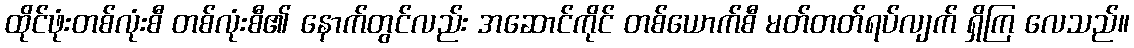
ထိုင်ဖုံးတစ်လုံးစီ တစ်လုံးစီ၏ နောက်တွင်လည်း အဆောင်ကိုင် တစ်ယောက်စီ မတ်တတ်ရပ်လျက် ရှိကြ လေသည်။